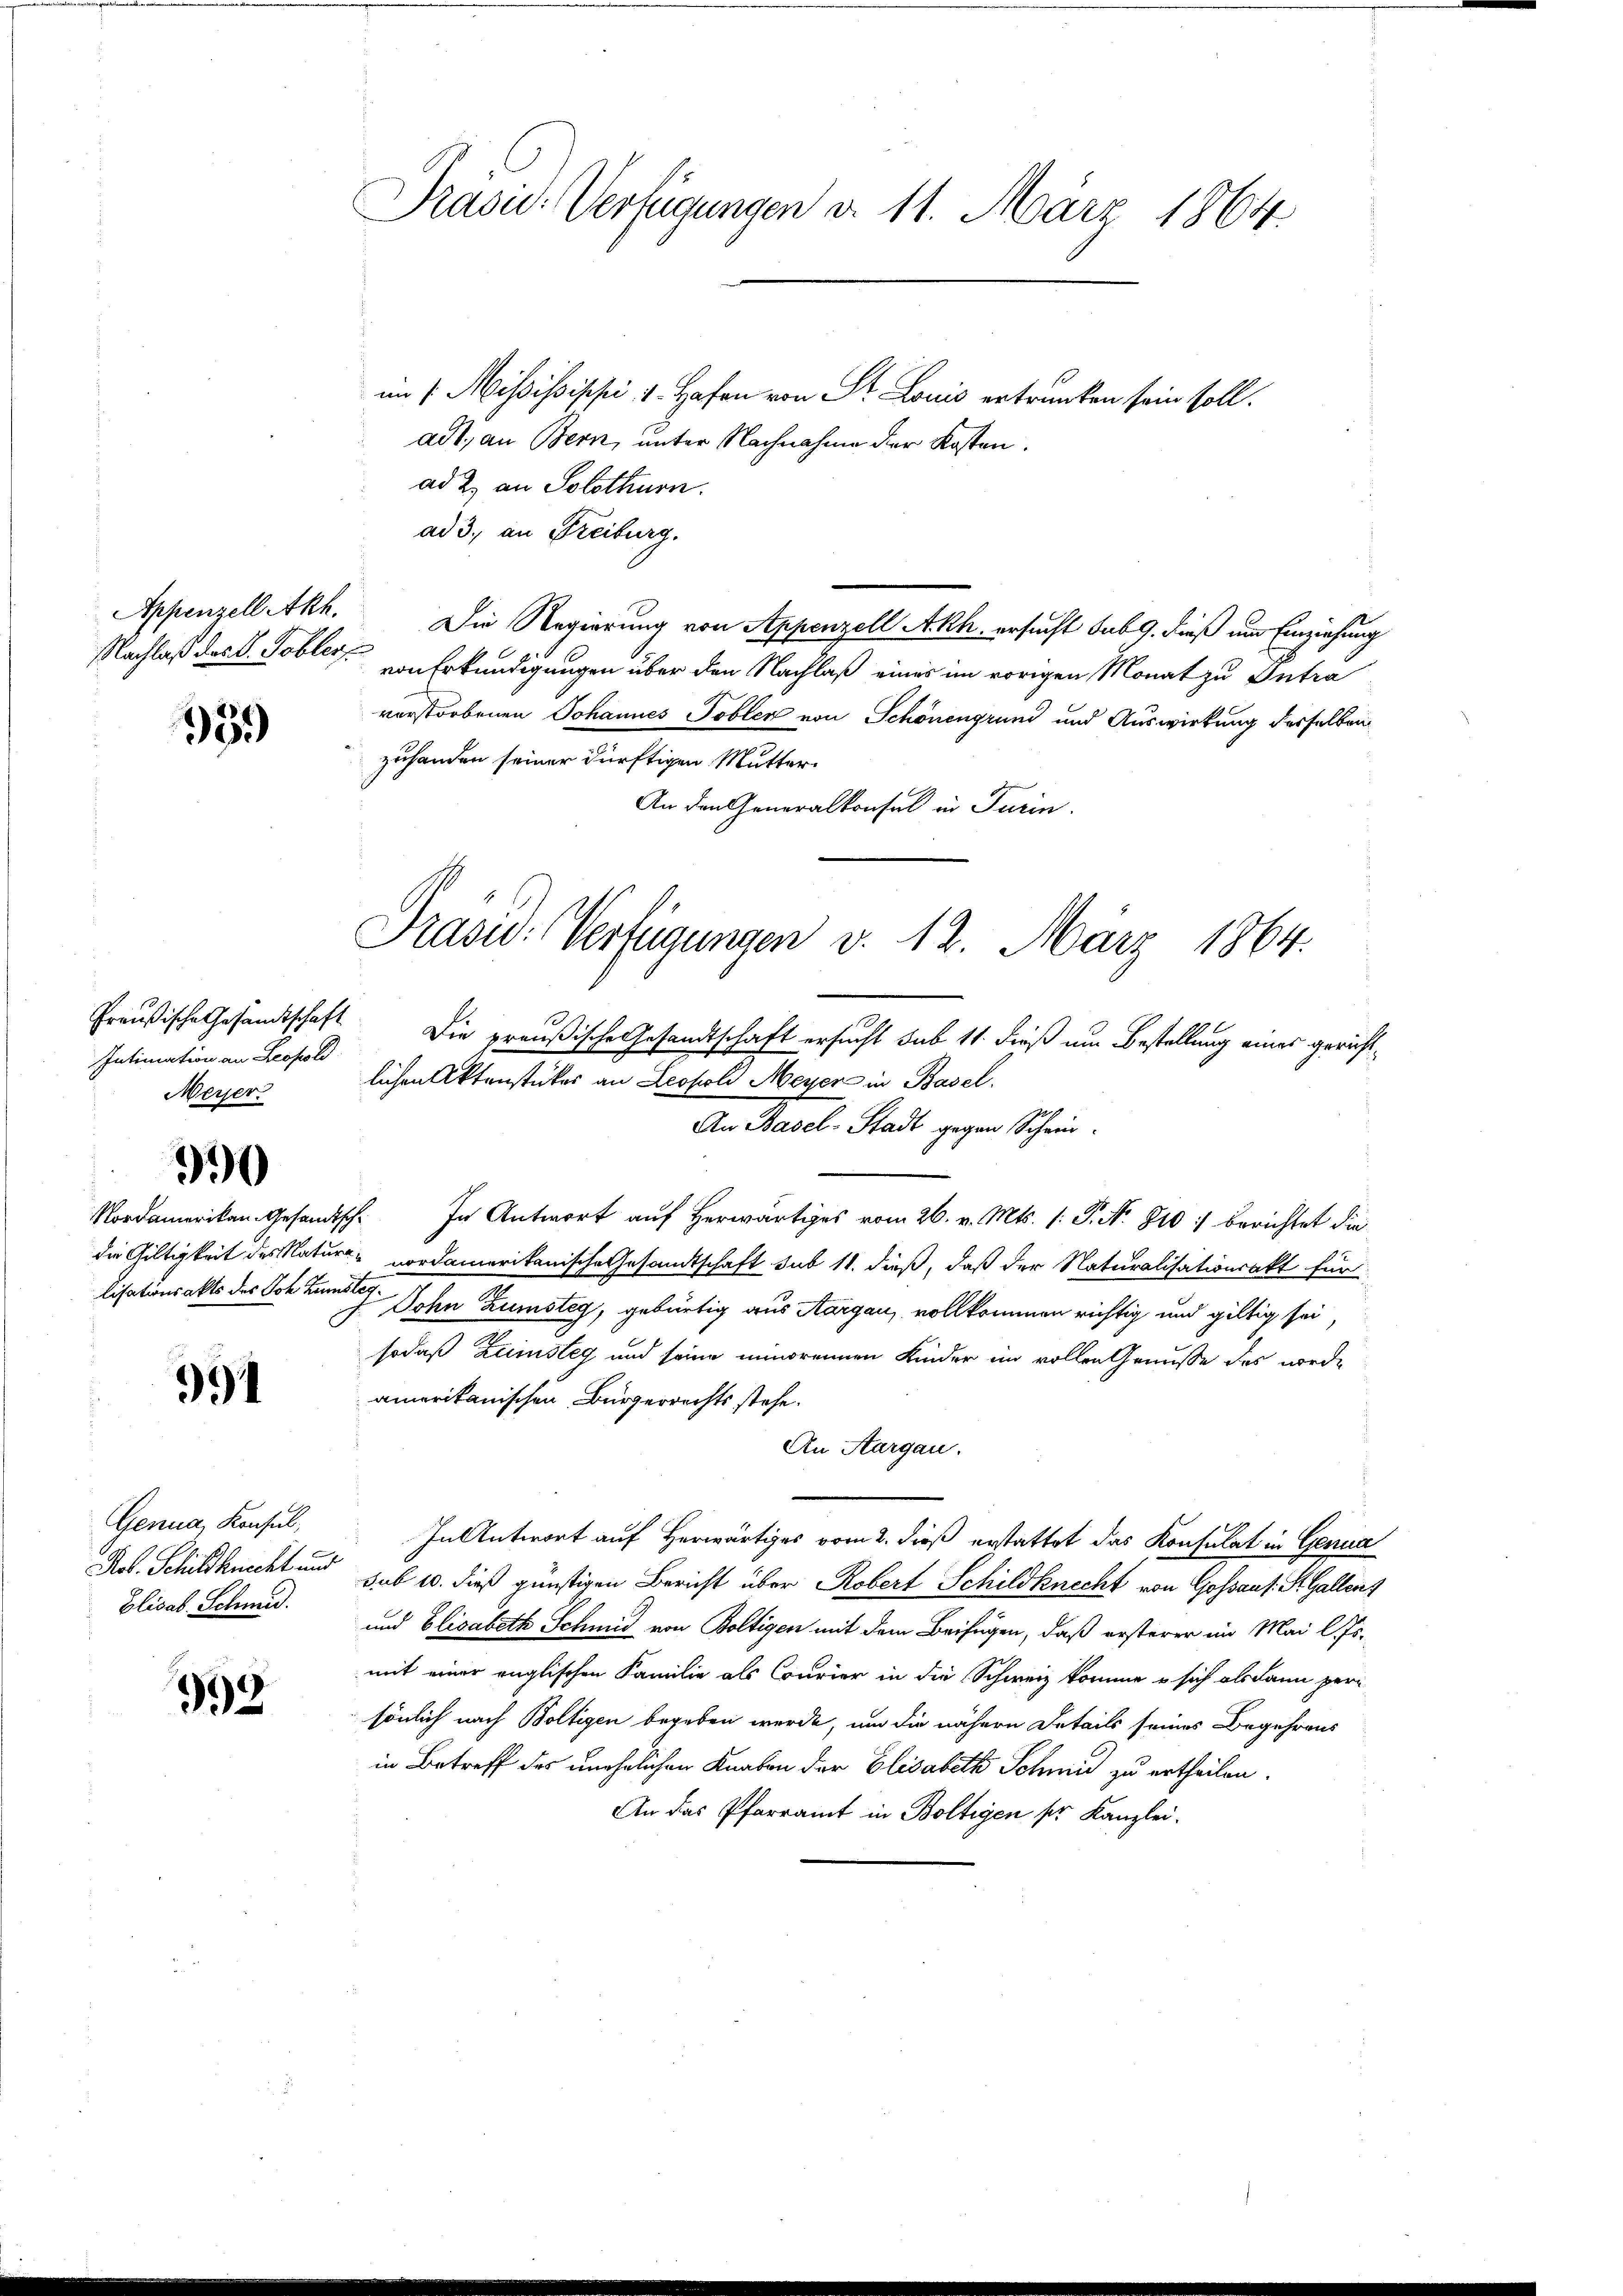
35.)

Intimation an Leopold
Meier

Nordamerikan. Gesandtsch¬

390

34

Genua, Konsul,
Elisab. Schmid.

998

im /. Mississippi. 1. Hafen von St. Louis ertrunken sein soll.
adt, an Bern, unter Nachnahme der Kosten.
ad 2., an Solothurn.
ad 3., an Freiburg.
Appenzell Akh. Die Regierung von Appenzell Akh. ersucht sub 9. dieß um Einziehung
Nachlaß das V. Toblers von Erkundigungen über den Nachlaß einer im vorigen Monat zu Antra
vorstorbenen Johannes Tobler von Schönengrund und Auswirkung desselben
zuhanden seiner dürftigen Mutter¬
An den Generalkonsul in Turin.
Preußische Gesandtschaft Die preußische Gesandtschaft ersucht sub 11. dieß um Bestellung eines gerichtlichen Aktenstückes an Leopold Meyer in Basel.
An Basel-Stadt gegen Schein¬
In Antwort auf herwärtiges vom 26. v. Mts. (: P. N. 810 :/ berichtet die
die Gültigkeit des Natur nordamerikanische Gesandtschaft sub 11. dieß, daß der Naturalisationsakt für
lisationsalts des Sch. Bunde Sohn Rumsteg, gebürtig aus Aargau, vollkommen richtig und giltig sei,
sodaß Zinsteg und seine minorennen Kinder im vollen Genüsse des worde
amerikanischen Bürgerrechts stehe.
An Aargau.
In Antwort auf Herwärtiges vom 2. dieß erstattet das Konsulat in Genua
A. Schildknecht und sub 20. dieß günstigen Bericht über Robert Schildknecht von Gossaus. St. Gallenz
und Elisabeth Schmid von Boltigen mit dem Beifügen, daß ersterer im Mai lJs.
mit einer englischen Familie als Courier in die Schweiz komme u sich alsdann peri
sönlich nach Boltigen begeben werde, um die nähere Details seines Begehrens
in Betreff des unehelichen Knaben der Elisabeth Schmid zu ertheilen.
An das Pfarramt in Boltigen sr Kanzlei.

Prasi: Verfügungen d. 11. März 1864.

Prasie: Verfügungen v. 12. März 1864.